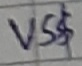
Text: VS$